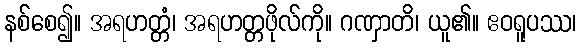
နစ်စေ၍။ အရဟတ္တံ၊ အရဟတ္တဖိုလ်ကို။ ဂဏှာတိ၊ ယူ၏။ ဧဝရူပဿ၊